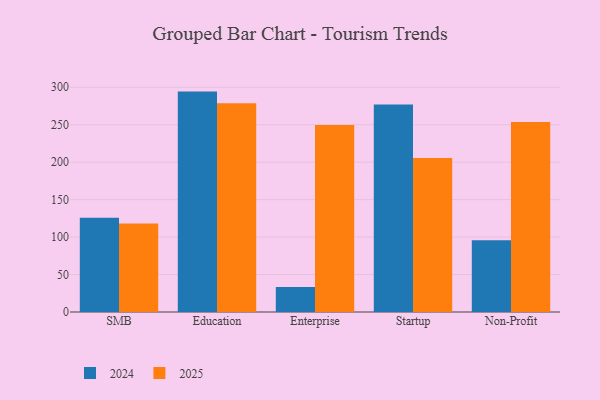
{"axis": {"x": "Segment", "y": "Operating Costs (USD K)"}, "legend": ["2024", "2025"], "data": [{"x": "SMB", "y": 118.2, "type": "2025"}, {"x": "SMB", "y": 125.9, "type": "2024"}, {"x": "Education", "y": 278.5, "type": "2025"}, {"x": "Education", "y": 294.2, "type": "2024"}, {"x": "Enterprise", "y": 249.5, "type": "2025"}, {"x": "Enterprise", "y": 33.4, "type": "2024"}, {"x": "Startup", "y": 205.6, "type": "2025"}, {"x": "Startup", "y": 276.9, "type": "2024"}, {"x": "Non-Profit", "y": 253.7, "type": "2025"}, {"x": "Non-Profit", "y": 95.8, "type": "2024"}]}